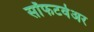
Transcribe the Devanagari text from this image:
सॉफटवेअर